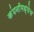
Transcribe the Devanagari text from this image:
कंपनीमध्येच